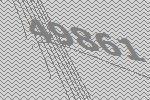
49861